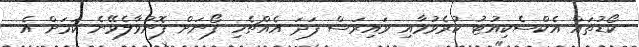
ކޯޑުތައް އެކްސެކިއުޓު ކުރެވުމާއި ވައިރަސް ފަދަ އެއްޗެހި ފޯނަށް ފޮނުވާލެވޭނެ ކަމަށް އެ